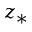
z _ { * }